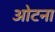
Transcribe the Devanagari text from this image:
ओटना